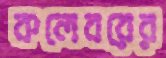
কলেবরের